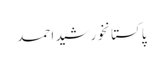
پاکستانخورشید احمد